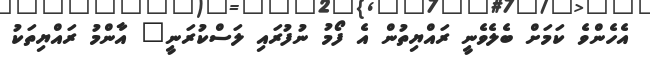
އެހެންވެ ކަމަށް ބެލެވެނީ ރައްޔިތުން އެ ފޯމު ނުފުރައި ލަސްކުރަނީ" އާންމު ރައްޔިތަކު